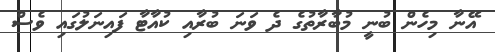
އޭނާ މިހެން ބުނީ މުބާރާތުގެ ދެ ވަނަ ބުރާއި ކުއާޓާ ފައިނަލުގައި ވެސް